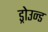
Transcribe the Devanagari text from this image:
ड्रोउन्ड